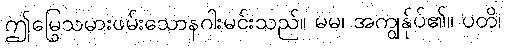
ဤမြွေသမားဖမ်းသောနဂါးမင်းသည်။ မမ၊ အကျွန်ုပ်၏။ ပတိ၊